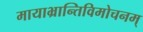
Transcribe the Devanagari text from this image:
मायाभ्रान्तिविमोचनम्